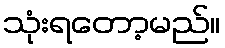
သုံးရတော့မည်။